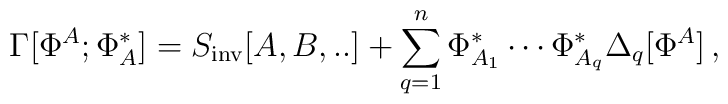
\Gamma [ \Phi^A; \Phi^*_A ] = S_{\rm inv} [A,B,..]+ \sum_{q=1}^{n} \Phi^*_{A_1} \cdots \Phi^*_{A_q}\Delta_q [\Phi^A] \, ,